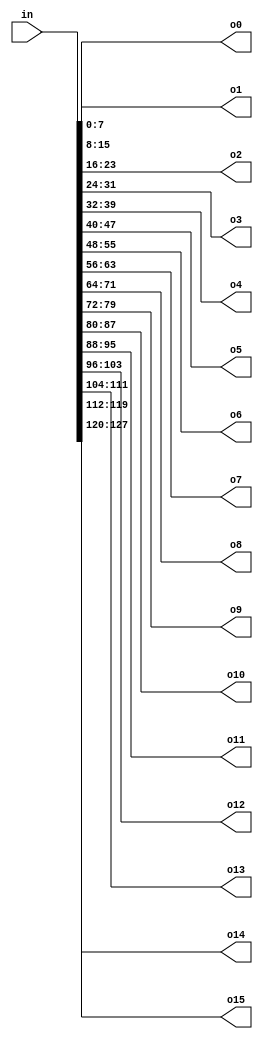
module splitter(in, o0, o1, o2, o3, o4, o5, o6, o7, o8, o9, o10, o11, o12, o13, o14, o15);
input wire[127:0] in;
output [7:0] o0, o1, o2, o3, o4, o5, o6, o7, o8, o9, o10, o11, o12, o13, o14, o15;

assign o0=in[7:0];
assign o1=in[15:8];
assign o2=in[23:16];
assign o3=in[31:24];
assign o4=in[39:32];
assign o5=in[47:40];
assign o6=in[55:48];
assign o7=in[63:56];
assign o8=in[71:64];
assign o9=in[79:72];
assign o10=in[87:80];
assign o11=in[95:88];
assign o12=in[103:96];
assign o13=in[111:104];
assign o14=in[119:112];
assign o15=in[127:120];


endmodule